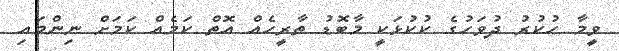
ވީމާ ހުކުރު ދުވަހުގެ ކުކުޅަކީ މާބޮޑު ތާރީހެއް އޮތް ކަމެއް ކަމަށް ނިންމައި